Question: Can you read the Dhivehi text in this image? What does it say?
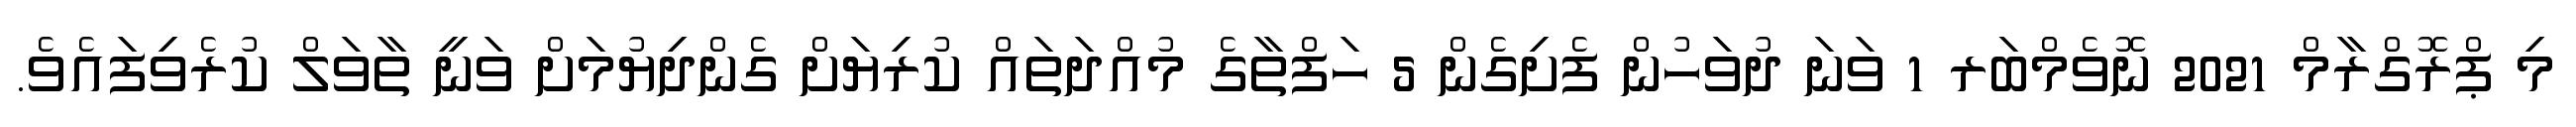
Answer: މި ޕްރޮގްރާމް 2021 ނޮވެމްބަރ 1 ވަނަ ދުވަހުން ފެށިގެން 5 ހަފްތާގެ މުއްދަތައް ކުރިޔަށް ގެންދިޔުމަށް ވަނީ ތާވަލް ކުރެވިފައެވެ.